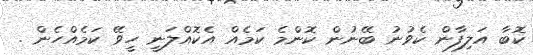
ކޮބާ އަލިފާން ކެވުނު ބޭނުން ކޮންމެ ކަމެއް އެކޮއްލަނީ ހީވޭ ކަމެއްހެން .